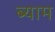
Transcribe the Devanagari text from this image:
ब्याम